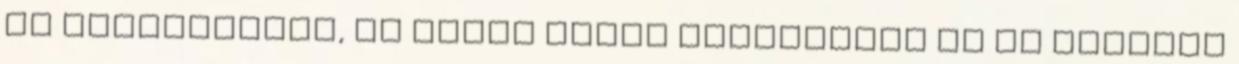
az üzemvezetés, az egyik ilyen alkalommal az új műszaki